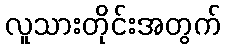
လူသားတိုင်းအတွက်